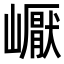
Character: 𡽣